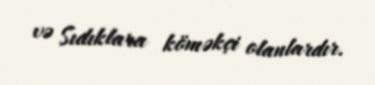
və Sıdıklara köməkçi olanlardır.